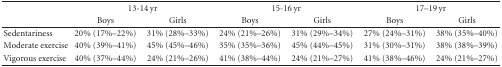
<table><thead><tr><td></td><td colspan="2"><b>13-14 yr</b></td><td colspan="2"><b>15-16 yr</b></td><td colspan="2"><b>17–19 yr</b></td></tr><tr><td></td><td><b>Boys</b></td><td><b>Girls</b></td><td><b>Boys</b></td><td><b>Girls</b></td><td><b>Boys</b></td><td><b>Girls </b></td></tr></thead><tbody><tr><td>Sedentariness</td><td>20% (17%–22%)</td><td>31% (28%–33%)</td><td>24% (21%–26%)</td><td>31% (29%–34%)</td><td>27% (24%–31%)</td><td>38% (35%–40%)</td></tr><tr><td>Moderate exercise</td><td>40% (39%–41%)</td><td>45% (45%–46%)</td><td>35% (35%–36%)</td><td>45% (44%–45%)</td><td>31% (30%–31%)</td><td>38% (38%–39%)</td></tr><tr><td>Vigorous exercise</td><td>40% (37%–44%)</td><td>24% (21%–26%)</td><td>41% (38%–44%)</td><td>24% (21%–27%)</td><td>41% (38%–46%)</td><td>24% (21%–27%)</td></tr></tbody></table>